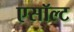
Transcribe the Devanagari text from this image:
एसॉल्ट